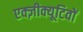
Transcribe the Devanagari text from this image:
एक्ज़ीक्यूटिवों